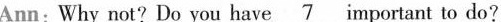
Ann:Why not? Do you have \underline{7}important to do?